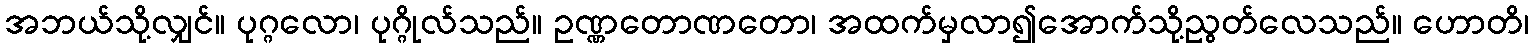
အဘယ်သို့လျှင်။ ပုဂ္ဂလော၊ ပုဂ္ဂိုလ်သည်။ ဥဏ္ဏတောဏတော၊ အထက်မှလာ၍အောက်သို့ညွတ်လေသည်။ ဟောတိ၊